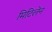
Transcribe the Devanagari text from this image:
मिटिलेन